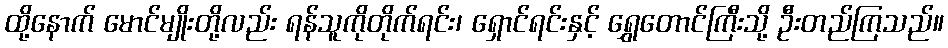
ထို့နောက် မောင်မျိုးတို့လည်း ရန်သူကိုတိုက်ရင်း၊ ရှောင်ရင်းနှင့် ရွှေတောင်ကြီးသို့ ဦးတည်ကြသည်။